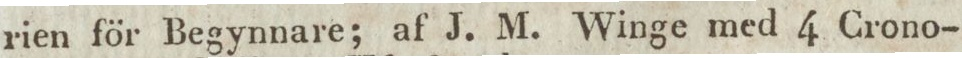
rien för Begynnare; af J. M. Winge med 4 Crono-